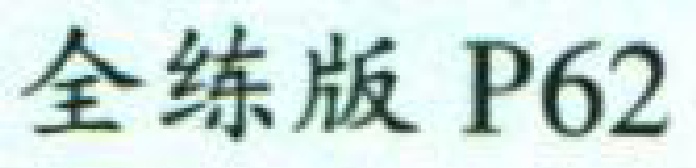
全练版 P62